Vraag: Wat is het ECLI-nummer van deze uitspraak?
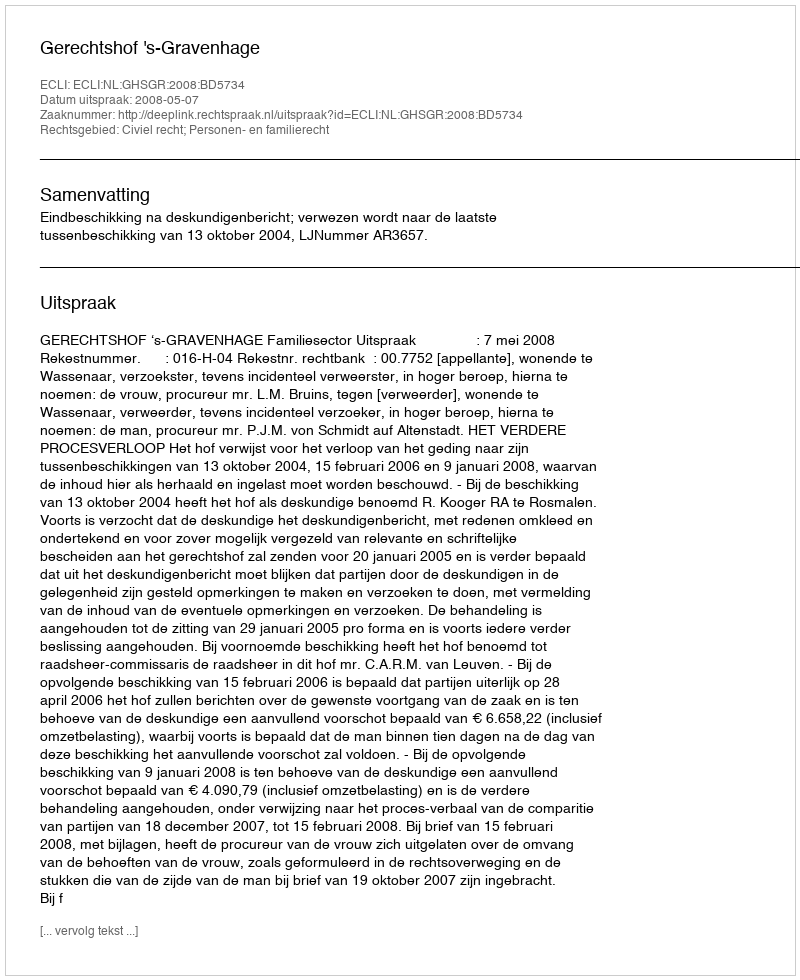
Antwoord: ECLI:NL:GHSGR:2008:BD5734